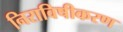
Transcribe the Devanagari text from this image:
निराविषीकरण